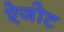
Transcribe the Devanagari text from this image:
ऐजोट